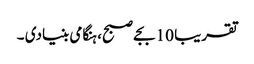
تقریبا 10 بجے صبح، ہنگامی بنیادی ۔